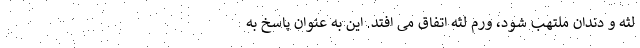
لثه و دندان ملتهب شود، ورم لثه اتفاق می افتد. این به عنوان پاسخ به